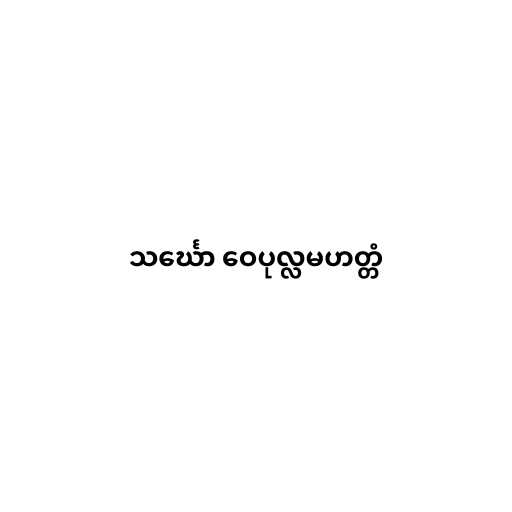
သင်္ဃော ဝေပုလ္လမဟတ္တံ